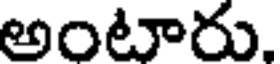
అంటారు,